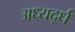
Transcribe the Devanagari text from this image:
अध्यर्द्ध